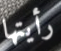
رأيتها